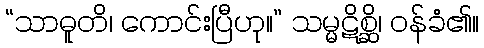
“သာဓူတိ၊ ကောင်းပြီဟု။” သမ္မဋိစ္ဆိ၊ ဝန်ခံ၏။